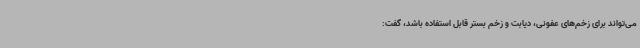
می‌تواند برای زخم‌های عفونی، دیابت و زخم بستر قابل استفاده باشد، گفت: